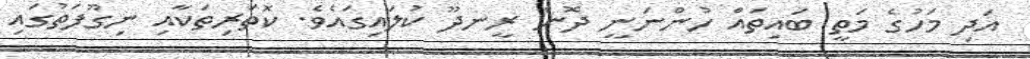
އަދި މަހުގެ މަތީ ބައިތައް ހުންނަނީ ދޮން ރީނދޫ ކުލައިގައެވެ. ކޮތަރިތަކާއި ނިގޫފަތުގައި